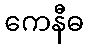
ကေနီဓ